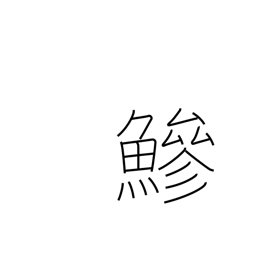
Meaning: horse mackerel